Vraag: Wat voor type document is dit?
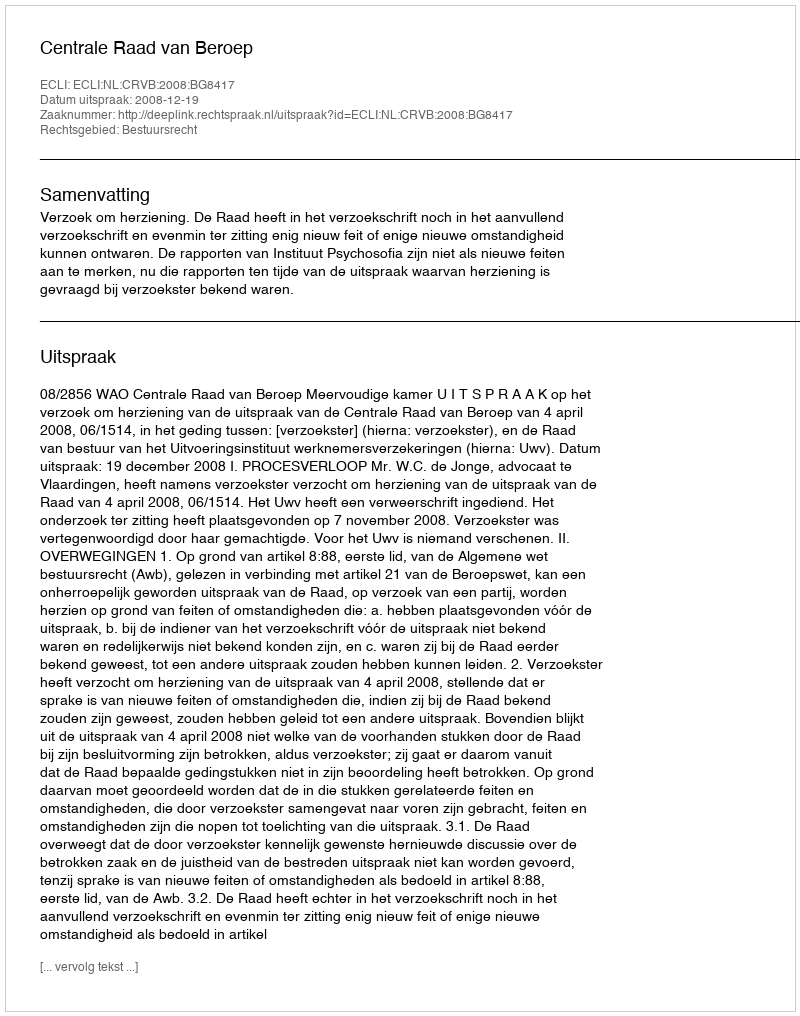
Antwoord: Uitspraak